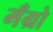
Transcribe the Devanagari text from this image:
मँग्रो